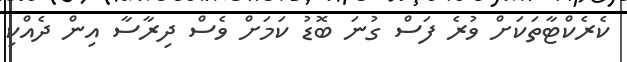
ކެރެކްޓާތަކަށް ވުރެ ފަސް ގުނަ ބޮޑު ކަމަށް ވެސް ދިރާސާ އިން ދެއްކި